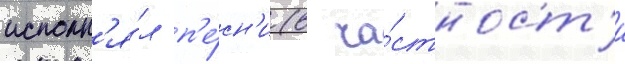
исполн'я́л п'е́сн'и (в ча́стност'и